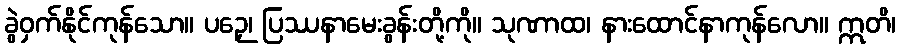
ခွဲဝှက်နိုင်ကုန်သော။ ပဉှေ၊ ပြဿနာမေးခွန်းတို့ကို။ သုဏာထ၊ နားထောင်နာကုန်လော။ ဣတိ၊